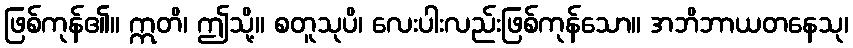
ဖြစ်ကုန်၏။ ဣတိ၊ ဤသို့။ စတူသုပိ၊ လေးပါးလည်းဖြစ်ကုန်သော။ အဘိဘာယတနေသု၊